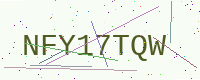
Text: NFY17TQW